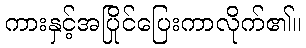
ကားနှင့်အပြိုင်ပြေးကာလိုက်၏။